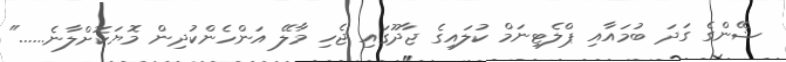
ޝޭންގެ ގަދަ ބުމައާއި ޕްލެޓިނަމް ކުލައިގެ ޖާދޫގައި ޖެހި މާލޭ އަންހެންކުދިން މޮޔަކޮށްލާނެ......"